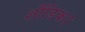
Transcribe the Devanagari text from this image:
शौंडिक।